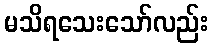
မသိရသေးသော်လည်း